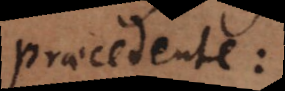
praecedente: